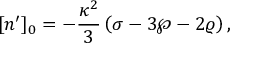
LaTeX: [ n ^ { \prime } ] _ { 0 } = - { \frac { \kappa ^ { 2 } } { 3 } } \left( \sigma - 3 \wp - 2 \varrho \right) ,